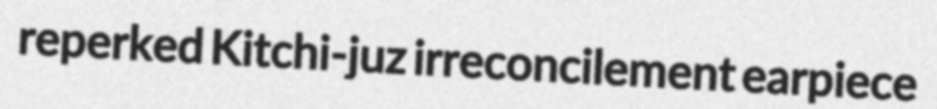
reperked Kitchi-juz irreconcilement earpiece